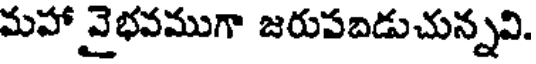
మహా వైభవముగా జరుపబడుచున్నవి.